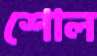
শোল